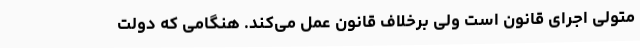
متولی اجرای قانون است ولی برخلاف قانون عمل می‌کند. هنگامی که دولت